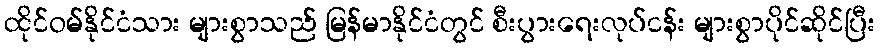
ထိုင်ဝမ်နိုင်ငံသား များစွာသည် မြန်မာနိုင်ငံတွင် စီးပွားရေးလုပ်ငန်း များစွာပိုင်ဆိုင်ပြီး